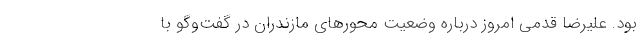
بود. علیرضا قدمی امروز درباره وضعیت محورهای مازندران در گفت‌وگو با